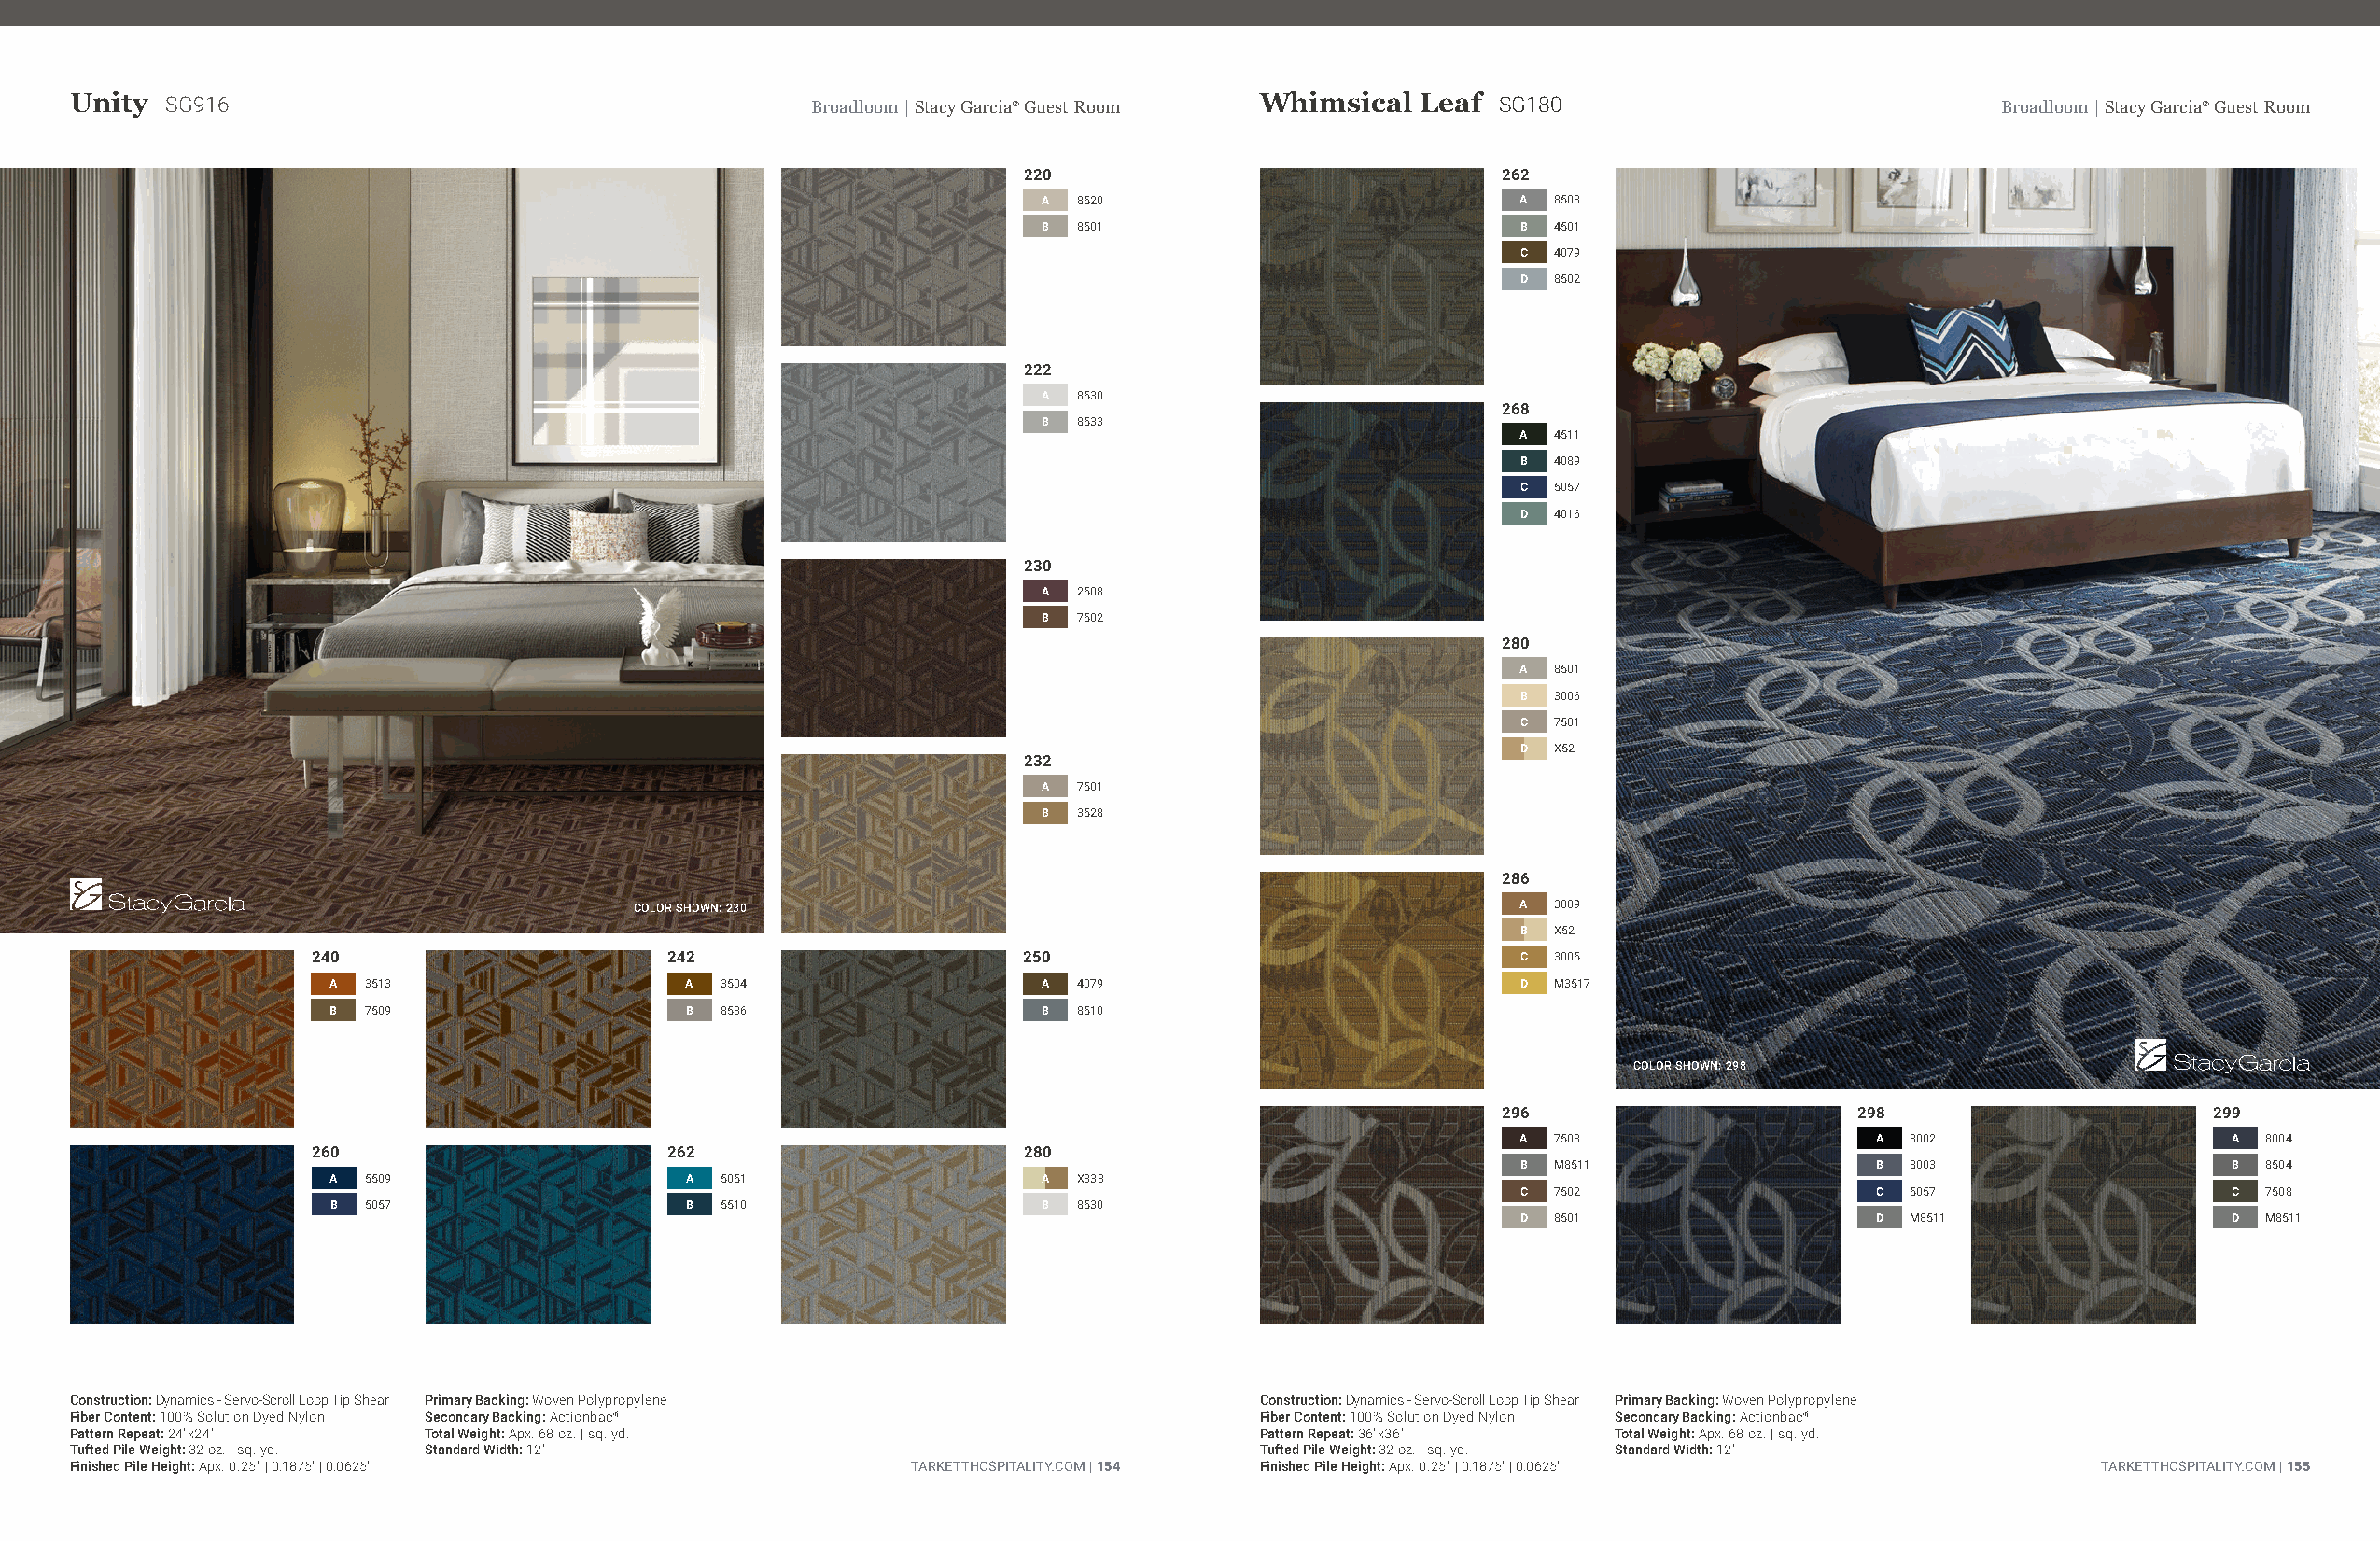
Unity  SG916                                         Broadloom | Stacy Garcia® Guest Room Whimsical Leaf SG180                           Broadloom | Stacy Garcia® Guest Room
 220                               262
 A 8520                            A 8503
 B 8501                            B 4501
 C 4079
 D 8502
 222
 A 8530
 268
 B 8533
 A 4511
 B 4089
 C 5057
 D 4016
 230
 A 2508
 B 7502
 280
 A 8501
 B 3006
 C 7501
 D X52
 232
 A 7501
 B 3528
 286
 COLOR SHOWN: 230                                               A 3009
 B X52
 240                      242                       250                                C 3005
 A  3513                   A 3504                   A 4079                            D M3517
 B  7509                   B 8536                   B 8510
 COLOR SHOWN: 298
 296                      298                      299
 A 7503                   A 8002                   A  8004
 260                      262                       280
 B M8511                  B 8003                   B  8504
 A  5509                   A 5051                   A X333
 C 7502                   C 5057                   C  7508
 B  5057                   B 5510                   B 8530
 D 8501                   D M8511                  D  M8511
 Construction: Dynamics - Servo-Scroll Loop Tip Shear Primary Backing: Woven Polypropylene Construction: Dynamics - Servo-Scroll Loop Tip Shear Primary Backing: Woven Polypropylene
 Fiber Content: 100% Solution Dyed Nylon Secondary Backing: Actionbac®               Fiber Content: 100% Solution Dyed Nylon Secondary Backing: Actionbac®
 Pattern Repeat: 24"x24"  Total Weight: Apx. 68 oz. | sq. yd.                        Pattern Repeat: 36"x36"   Total Weight: Apx. 68 oz. | sq. yd.
 Tufted Pile Weight: 32 oz. | sq. yd. Standard Width: 12'                            Tufted Pile Weight: 32 oz. | sq. yd. Standard Width: 12'
 Finished Pile Height: Apx. 0.25" | 0.1875" | 0.0625"        TARKETTHOSPITALITY.COM | 154 Finished Pile Height: Apx. 0.25" | 0.1875" | 0.0625"   TARKETTHOSPITALITY.COM | 155